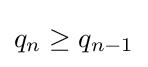
q_{n}\geq q_{n-1}